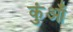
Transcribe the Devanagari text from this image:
कुंआँ